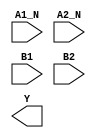
module sky130_fd_sc_lp__a2bb2oi (
    //# {{data|Data Signals}}
    input  A1_N,
    input  A2_N,
    input  B1  ,
    input  B2  ,
    output Y
);

    // Voltage supply signals
    supply1 VPWR;
    supply0 VGND;
    supply1 VPB ;
    supply0 VNB ;

endmodule